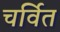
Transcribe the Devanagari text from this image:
चर्वित